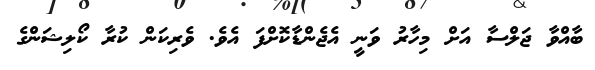
ބާއްވާ ޖަލްސާ އަށް މިހާރު ވަނީ އެޖެންޑާކޮށްފަ އެވެ. ވެރިކަން ކުރާ ކޯލިޝަންގެ